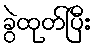
ခွဲထုတ်ပြီး